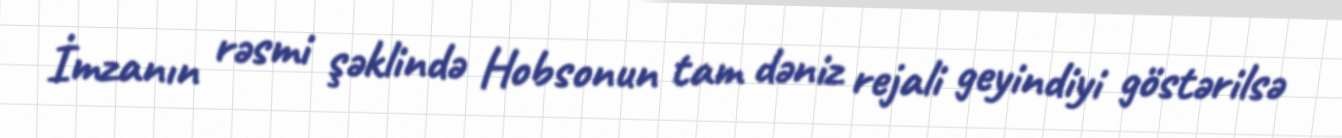
İmzanın rəsmi şəklində Hobsonun tam dəniz rejali geyindiyi göstərilsə